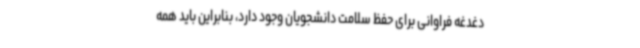
دغدغه فراوانی برای حفظ سلامت دانشجویان وجود دارد، بنابراین باید همه